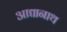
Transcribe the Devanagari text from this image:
आद्यानाथ